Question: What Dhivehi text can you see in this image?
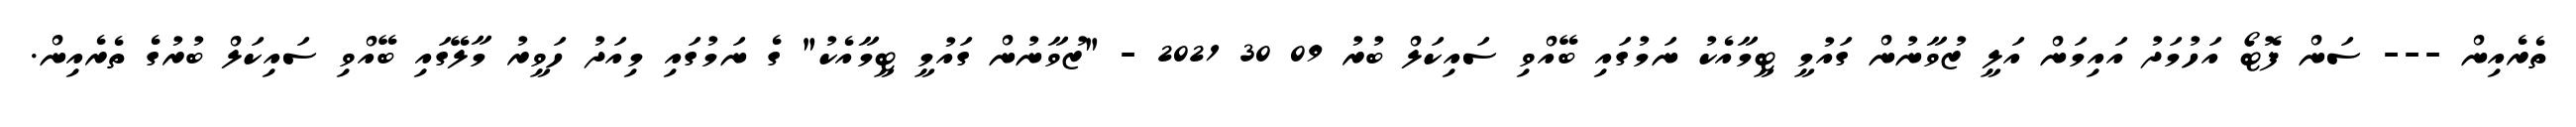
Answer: ތެރެއިން --- ސަން ފޮޓޯ އަހުމަދު އައިމަން އަލީ ޒުވާނުން ގައުމީ ޓީމާއެކު ނަމުގައި ބޭއްވި ސައިކަލް ބުރު 09 30 2021 - "ޒުވާނުން ގައުމީ ޓީމާއެކު" ގެ ނަމުގައި މިއަދު ހަވީރު މާލޭގައި ބޭއްވި ސައިކަލް ބުރުގެ ތެރެއިން.